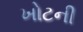
ખોટની